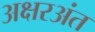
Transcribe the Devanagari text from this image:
अक्षरअंत